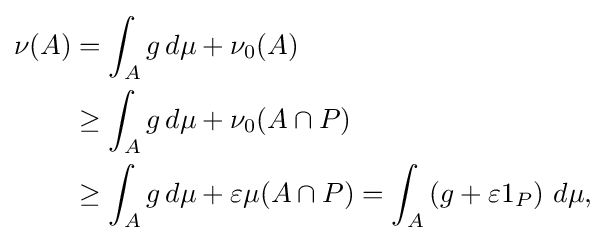
{\begin{aligned}\nu (A)&=\int _{A}g\,d\mu +\nu _{0}(A)\\&\geq \int _{A}g\,d\mu +\nu _{0}(A\cap P)\\&\geq \int _{A}g\,d\mu +\varepsilon \mu (A\cap P)=\int _{A}\left(g+\varepsilon 1_{P}\right)\,d\mu ,\end{aligned}}